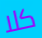
كلا